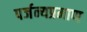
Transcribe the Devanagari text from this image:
पर्जन्यप्रमाण